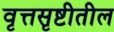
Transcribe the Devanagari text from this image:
वृत्तसृष्टीतील